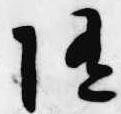
随